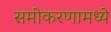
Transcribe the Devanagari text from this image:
समीकरणामध्ये